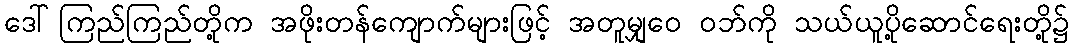
ဒေါ်ကြည်ကြည်တို့က အဖိုးတန်ကျောက်များဖြင့် အတူမျှဝေ ဝဘ်ကို သယ်ယူပို့ဆောင်ရေးတို့၌